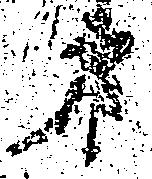
第